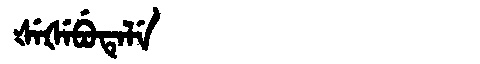
Manchu: ᡧᡝᡧᡝᠪᡠᡨᡝᠯᡝ
Romanization: ŠEŠEBUTELE